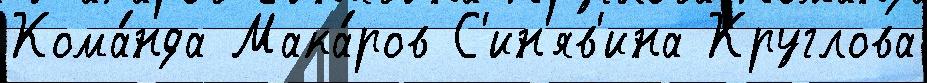
Кома́нда Мака́ров С'ин'яв'ина Круглова